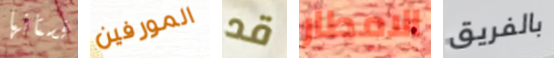
فستانها المورفين قد الامطار بالفريق